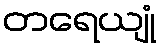
တရေယျုံ